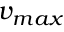
v _ { m a x }